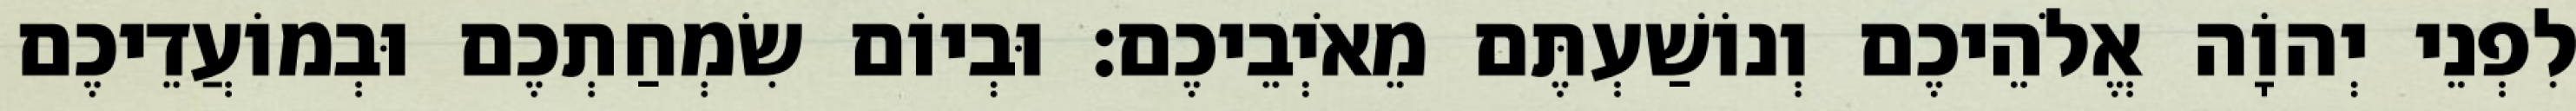
לִפְנֵי יְהוָֹה אֱלֹהֵיכֶם וְנוֹשַׁעְתֶּם מֵאֹיְבֵיכֶם׃ וּבְיוֹם שִׂמְחַתְכֶם וּבְמוֹעֲדֵיכֶם